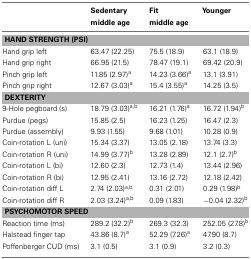
<table><thead><tr><td></td><td><b>Sedentary middle age</b></td><td><b>Fit middle age</b></td><td><b>Younger</b></td></tr></thead><tbody><tr><td colspan="4"><b>HAND STRENGTH (PSI)</b></td></tr><tr><td>Hand grip left</td><td>63.47 (22.25)</td><td>75.5 (18.9)</td><td>63.1 (18.9)</td></tr><tr><td>Hand grip right</td><td>66.95 (21.5)</td><td>78.47 (19.1)</td><td>69.42 (20.9)</td></tr><tr><td>Pinch grip left</td><td>11.85 (2.97)<sup>a</sup></td><td>14.23 (3.66)<sup>a</sup></td><td>13.1 (3.91)</td></tr><tr><td>Pinch grip right</td><td>12.67 (3.03)<sup>a</sup></td><td>15.4 (3.55)<sup>a</sup></td><td>14.25 (3.5)</td></tr><tr><td colspan="4"><b>DEXTERITY</b></td></tr><tr><td>9-Hole pegboard (s)</td><td>18.79 (3.03)<sup>a</sup><sup>,</sup><sup>b</sup></td><td>16.21 (1.76)<sup>a</sup></td><td>16.72 (1.94)<sup>b</sup></td></tr><tr><td>Purdue (pegs)</td><td>15.85 (2.5)</td><td>16.23 (1.25)</td><td>16.47 (2.3)</td></tr><tr><td>Purdue (assembly)</td><td>9.93 (1.55)</td><td>9.68 (1.01)</td><td>10.28 (0.9)</td></tr><tr><td>Coin-rotation L (uni)</td><td>15.34 (3.37)</td><td>13.05 (2.18)</td><td>13.74 (3.3)</td></tr><tr><td>Coin-rotation R (uni)</td><td>14.99 (3.77)<sup>b</sup></td><td>13.28 (2.89)</td><td>12.1 (2.7)<sup>b</sup></td></tr><tr><td>Coin-rotation L (bi)</td><td>12.60 (2.3)</td><td>12.73 (1.4)</td><td>13.44 (2.96)</td></tr><tr><td>Coin-rotation R (bi)</td><td>12.95 (2.41)</td><td>13.16 (2.72)</td><td>12.18 (2.42)</td></tr><tr><td>Coin-rotation diff L</td><td>2.74 (2.03)<sup>a</sup><sup>,</sup><sup>b</sup></td><td>0.31 (2.01)</td><td>0.29 (1.98)<sup>b</sup></td></tr><tr><td>Coin-rotation diff R</td><td>2.03 (3.24)<sup>a</sup><sup>,</sup><sup>b</sup></td><td>0.09 (1.83)</td><td>−0.04 (2.32)<sup>b</sup></td></tr><tr><td colspan="4"><b>PSYCHOMOTOR SPEED</b></td></tr><tr><td>Reaction time (ms)</td><td>289.2 (32.2)<sup>b</sup></td><td>269.3 (32.3)</td><td>252.05 (27.8)<sup>b</sup></td></tr><tr><td>Halstead finger tap</td><td>43.86 (8.7)<sup>a</sup></td><td>52.29 (7.26)<sup>a</sup></td><td>47.90 (8.7)</td></tr><tr><td>Poffenberger CUD (ms)</td><td>3.1 (0.5)</td><td>3.1 (0.9)</td><td>3.2 (0.3)</td></tr></tbody></table>